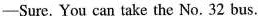
-Sure. You can take the No. 32 bus.